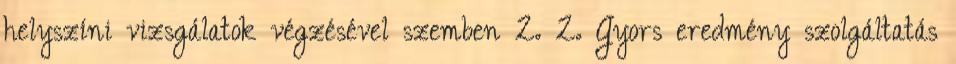
helyszíni vizsgálatok végzésével szemben 2. 2. Gyors eredmény szolgáltatás